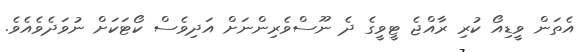
އެތަން ވީޑިއޯ ކުރި ރާއްޖެ ޓީވީގެ ދެ ނޫސްވެރިންނަށް އަދިވެސް ކޯޓަކަށް ނުވަދެވެއެވެ.